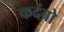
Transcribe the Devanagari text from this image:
कदंबो